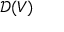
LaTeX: { \mathcal { D } } ( V )